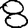
Digit: 8